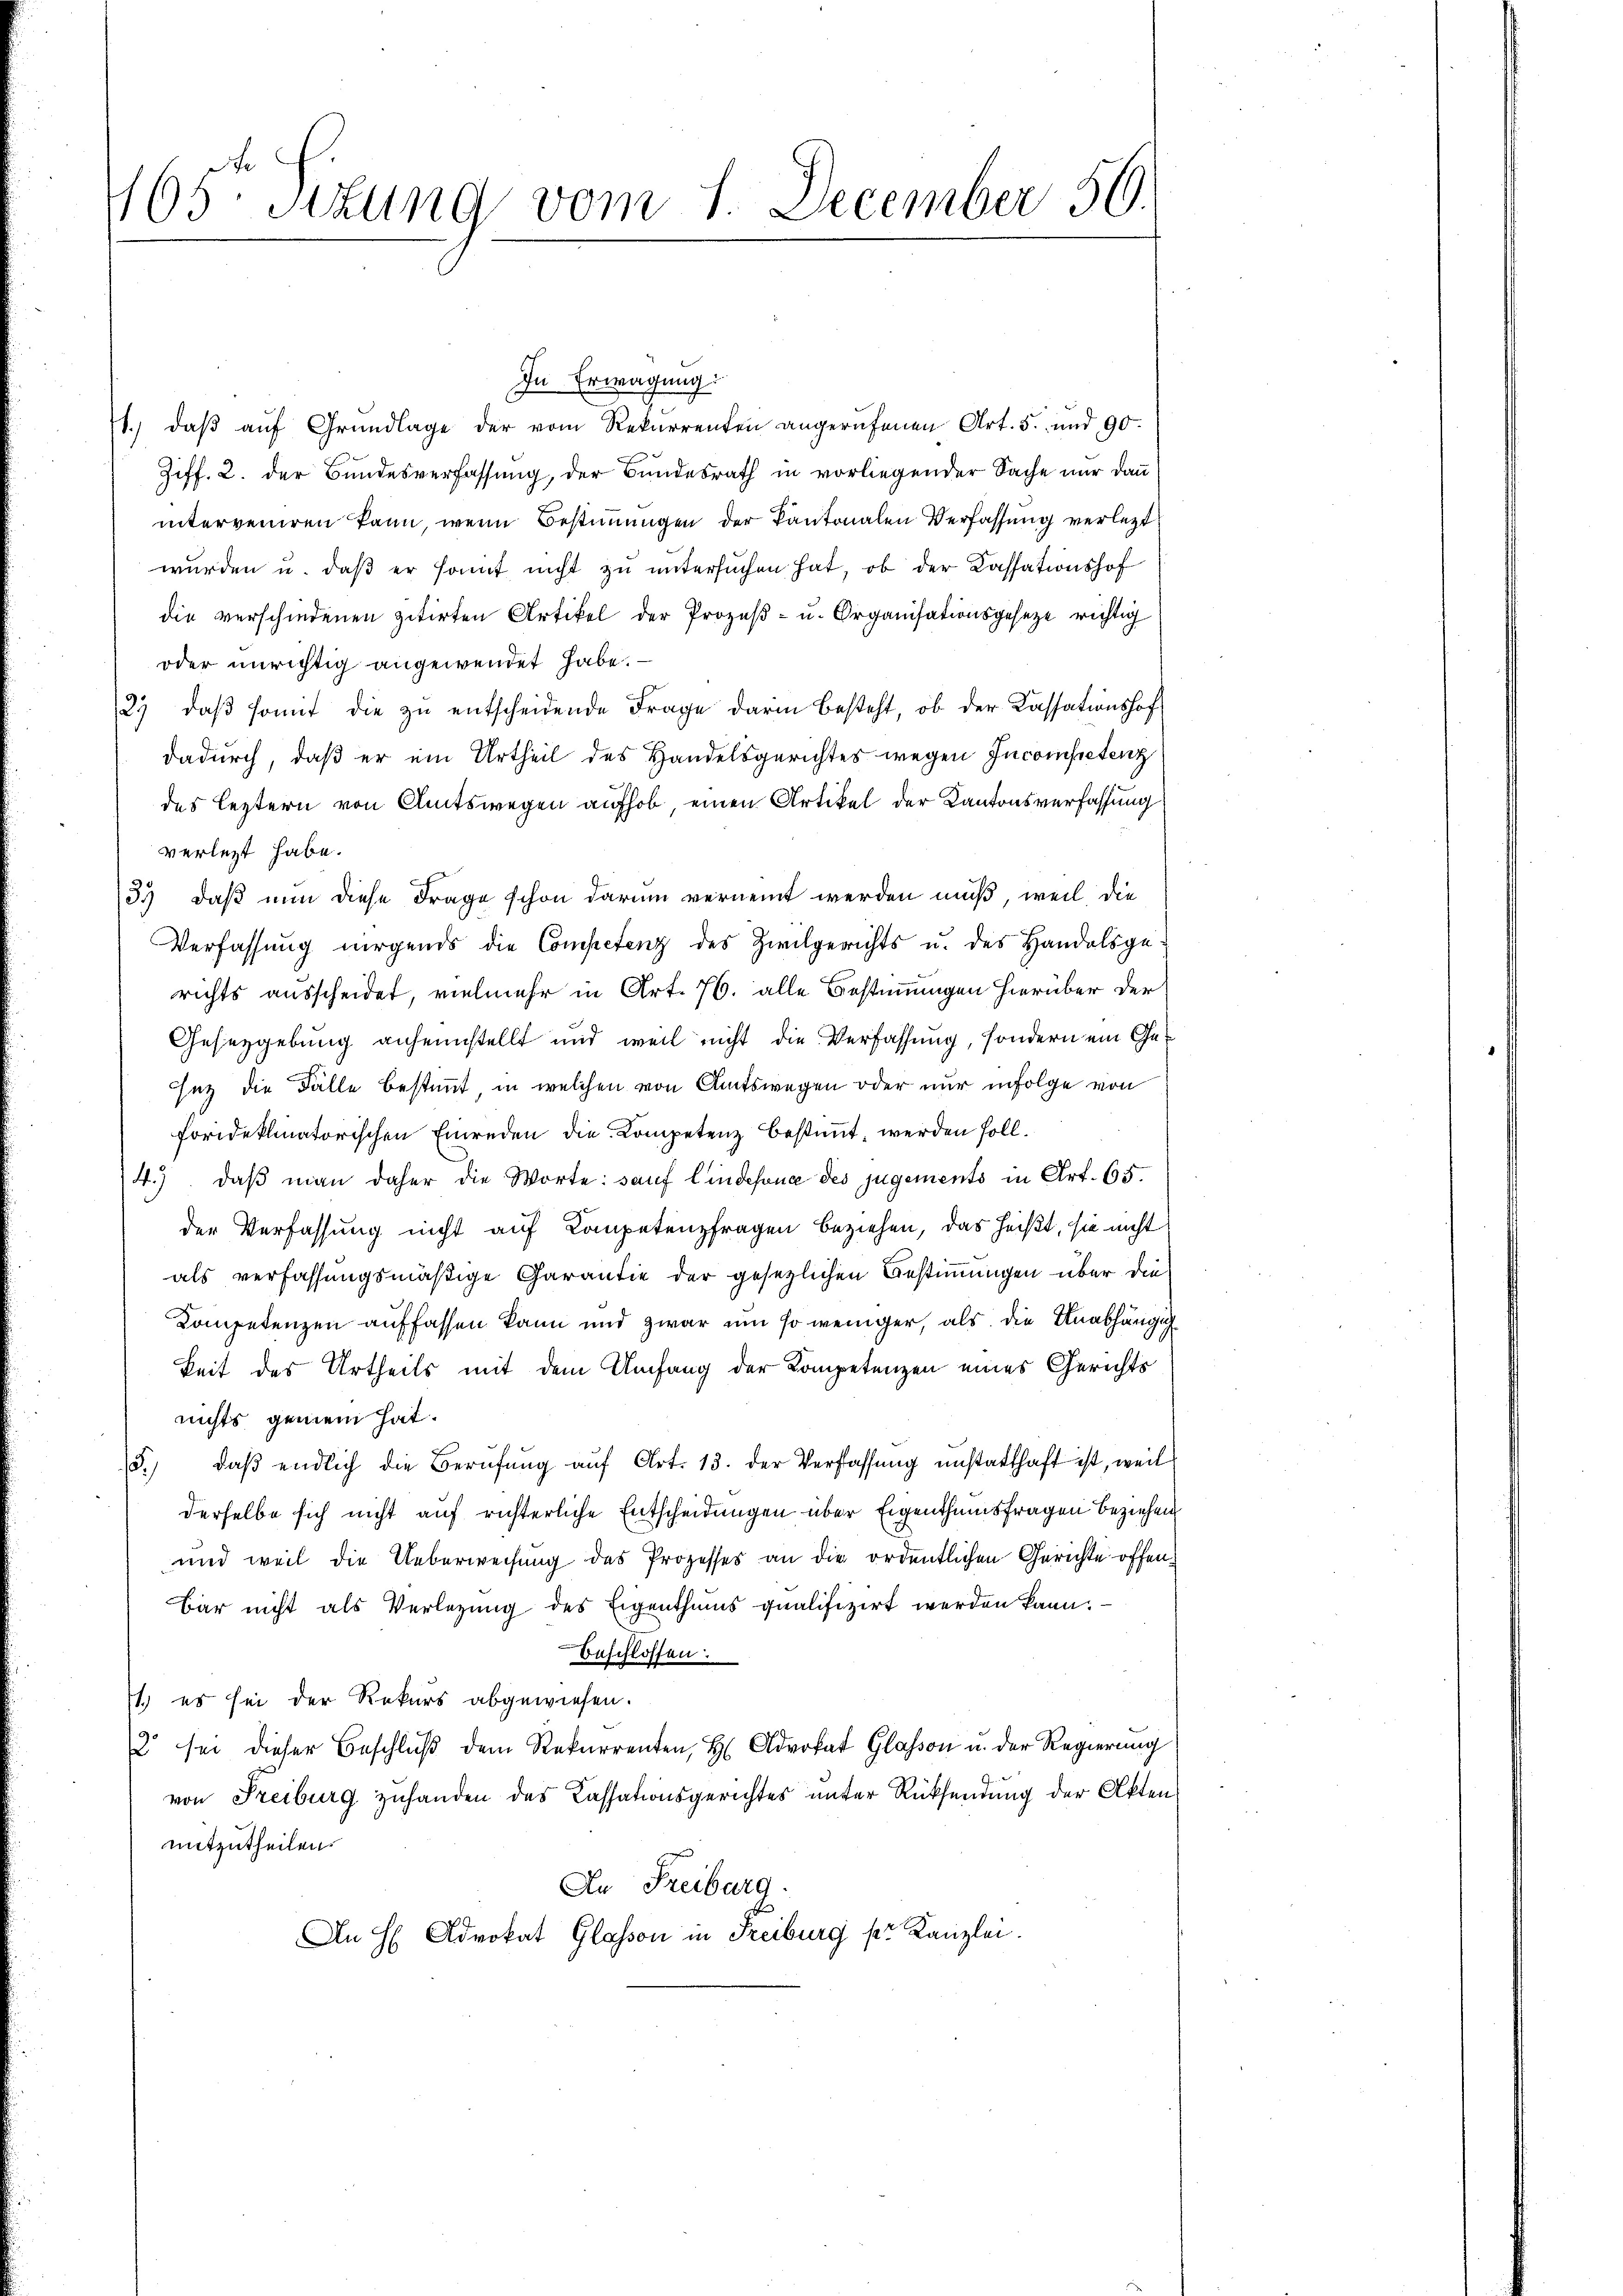
165 Sizung vom 1. December 50.

In Erwägung:
1.) daβ aŭf Grŭndlage der vom Rekurrenten angerufenen Art. 5. und 90.
Ziff. 2. der Bundesverfassung, der Bundesrath in vorliegender Sache nur dann
interveniren kann, wenn Bestimmungen der Kantonalen Verfassung verletzt
wurden u. daß er sonnt nicht zu untersuchen hat, ob der Kassationshof
die verschiedenen zitirten Artikel der Prozeβ- u. Organisationsgeseze richtig
oder unrichtig angewendet habe.
2. daβ somit die zu entscheidende Frage darin besteht, ob der Cassationshof
dadurch, daß er ein Urtheil des Handelsgerichtes wegen Incompetenz
des leztern von Amtswegen aufhob einen Artikel der Kantonsverfassung
verletzt habe.
33) daß nun diese Frage schon darum vernennt werden muß, weil, die
Verfassung nirgends die Competenz des Zivilgerichts u. des Handelsge-
richts ausscheidet, vielmehr in Art. 76. alle Bestimmungen hierüber der
Gesetzgebung anheimstellt und weil nicht die Verfassung, sondern ein Geez die Fälle bestimmt, in welchen von Amtswegen oder nur infolge von
forideklinatorischen Einreden die Kompetenz bestimmt, werden soll.
4.) daß man daher die Worte: sauf Lindefona des jugements in Art. 65.
der Verfassung nicht auf Competenzfragen beziehen, das heißt, sie nicht
als verfassungsmäßige Garantie der gesetzlichen Bestimmungen über die
Kompetenzen auffassen kann und zwar um so weniger, als die Unabhängig
keit des Urtheils mit dem Umfang der Kompetenzen eines Gerichts
nichts gemein hat.
5. daβ endlich die Berŭfŭng aŭf Art. 13. der Verfassŭng unstatthaft ist, weil
derselbe sich nicht auf richterliche Entscheidungen über Eigenthumsfragen beziehen
und weil die Ueberweisung des Prozesses an die ordentlichen Gerichte offenbar nicht als Verlegung des Eigenthums qualifizirt werden kann.
Beschlossen:
1.) es sei der Rekurs abgewiesen.
2 sei dieser Beschluß dem Rekurrenten, H. Advokat Glasson u. der Regierung
von Freiburg zuhanden des Cassationsgerichtes unter Rücksendung der Aktenmitzutheilen.
An Freiburg.
An H Advokat Glasson in Freiburg pr. Kanzlei.